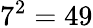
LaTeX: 7^{2}=49